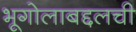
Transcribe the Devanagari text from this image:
भूगोलाबद्दलची